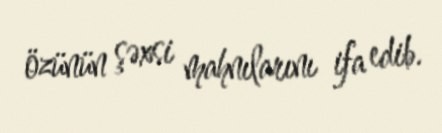
özünün şəxsi mahnılarını ifa edib.